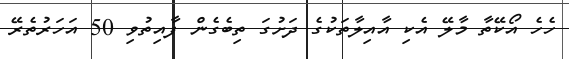
ހެހެ އޯކޭތާ މާލޭ އެކި އާއިލާތަކުގެ ދަށުގަ ތިބެގެން ފާއިތުވި 50 އަހަރުތެރޭ